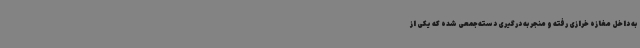
به داخل مغازه خرازی رفته و منجر به درگیری دسته‌جمعی شده که یکی از